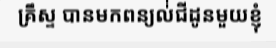
គ្រឹស្ទ បានមកពន្យល់់ជីដូនមួយខ្ញុំ